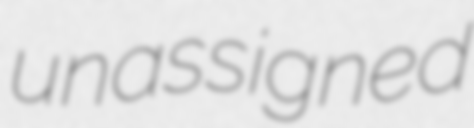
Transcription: unassigned